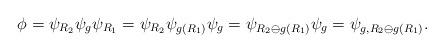
LaTeX: \begin{align*}\phi = \psi_{R_2} \psi_g \psi_{R_1} = \psi_{R_2} \psi_{g(R_1)} \psi_g = \psi_{R_2 \ominus g(R_1)} \psi_g = \psi_{g, R_2 \ominus g(R_1)}.\end{align*}